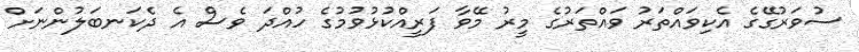
ސުވަރުގޭގެ އެކިވައްތަރު ވައްތަރުގެ މީރު މޭވާ ފަރީއްކުޅުވުމުގެ ހުއްދަ ވެސް އެ ދެކަނބަލުންނަށް